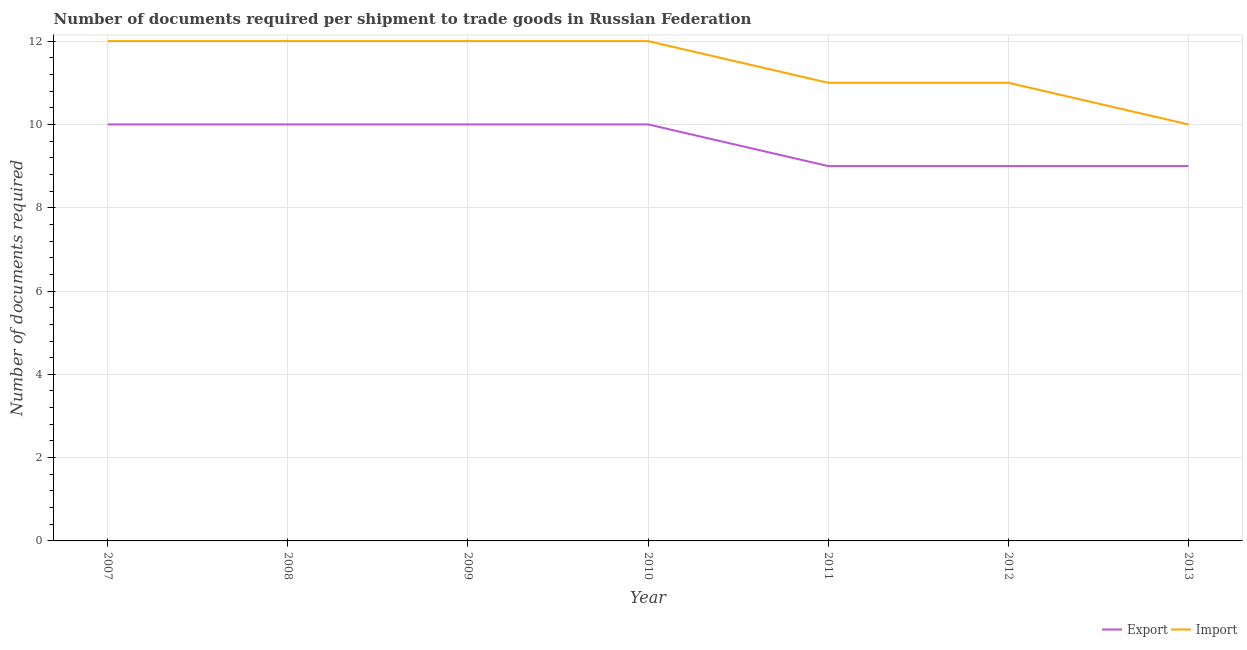
| Year | Export | Import |
 | --- | --- | --- |
 | 2007 | 10 | 12 |
 | 2008 | 10 | 12 |
 | 2009 | 10 | 12 |
 | 2010 | 10 | 12 |
 | 2011 | 9 | 11 |
 | 2012 | 9 | 11 |
 | 2013 | 9 | 10 |